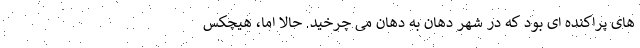
های پراکنده ای بود که در شهر دهان به دهان می چرخید. حالا اما، هیچکس